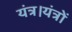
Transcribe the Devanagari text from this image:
यंत्र।यंत्रों